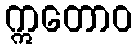
ဣတောဝ